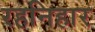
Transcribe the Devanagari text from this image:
रहनिहार